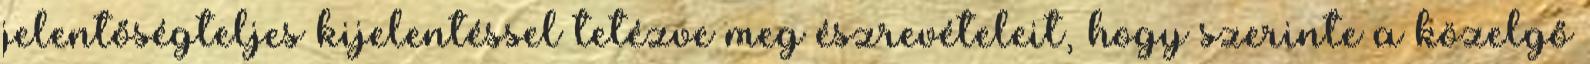
jelentőségteljes kijelentéssel tetézve meg észrevételeit, hogy szerinte a közelgő